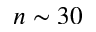
n \sim 3 0